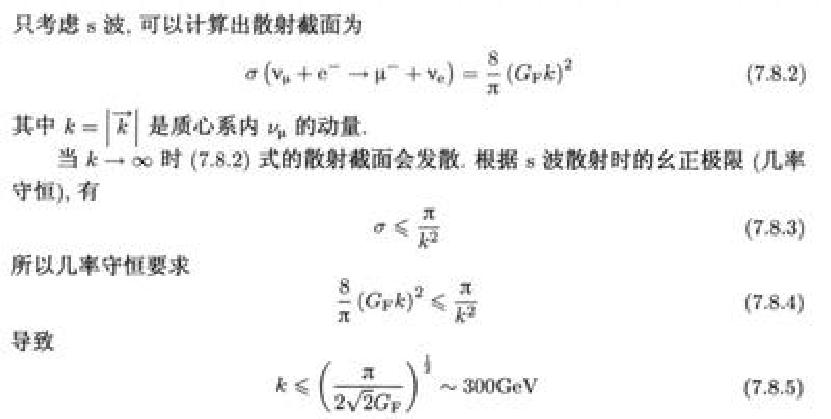
只考虑 s 波，可以计算出散射截面为
\[ \sigma(\nu_{\mu}+\mathrm{e}^{-}\to\mu^{-}+\nu_{\mathrm{e}})=\frac{8}{\pi}(G_{\mathrm{F}}k)^{2} \] (7.8.2)
其中 \(k = \vert\vec{k}\vert\) 是质心系内 \(\nu_{\mu}\) 的动量.
当 \(k\to\infty\) 时 (7.8.2) 式的散射截面会发散. 根据 s 波散射时的幺正极限 (几率守恒), 有
\[ \sigma\leqslant\frac{\pi}{k^{2}} \] (7.8.3)
所以几率守恒要求
\[ \frac{8}{\pi}(G_{\mathrm{F}}k)^{2}\leqslant\frac{\pi}{k^{2}} \] (7.8.4)
导致
\[ k\leqslant\left(\frac{\pi}{2\sqrt{2}G_{\mathrm{F}}}\right)^{\frac{1}{4}}\sim300\mathrm{GeV} \] (7.8.5)